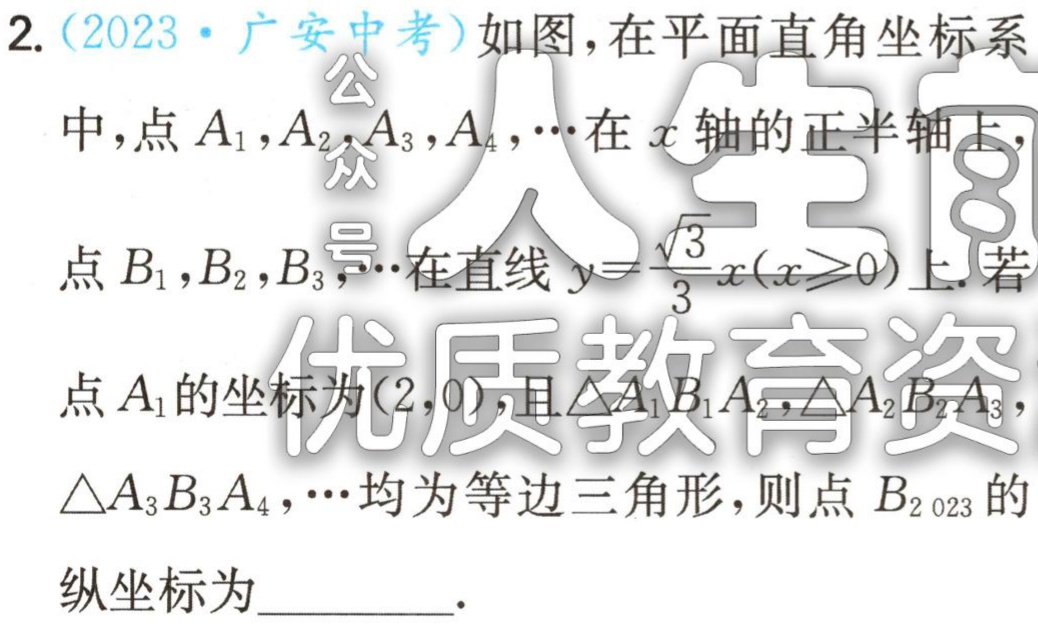
2. (2023·广安中考)如图，在平面直角坐标系

中，点\(A_{1},A_{2},A_{3},A_{4},\cdots\)在\(x\)轴的正半轴上，

点\(B_{1},B_{2},B_{3},\cdots\)在直线\(y = \frac{\sqrt{3}}{3}x(x\geq0)\)上. 若

点\(A_{1}\)的坐标为\((2,0)\)，且\(\triangle A_{1}B_{1}A_{2},\triangle A_{2}B_{2}A_{3}\)，

\(\triangle A_{3}B_{3}A_{4},\cdots\)均为等边三角形，则点\(B_{2023}\)的

纵坐标为  .